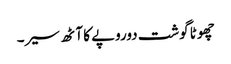
چھوٹا گوشت دوروپے کا آٹھ سیر۔